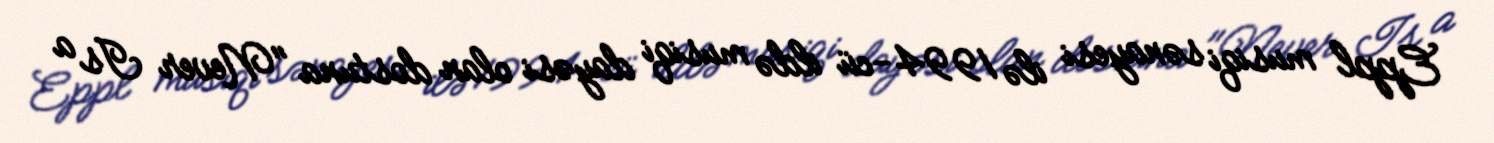
Eppl musiqi sənayesi ilə 1994-cü ildə musiqi dayəsi olan dostuna "Never Is a